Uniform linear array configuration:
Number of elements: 8
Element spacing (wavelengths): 1
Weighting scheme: hann
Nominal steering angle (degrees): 30
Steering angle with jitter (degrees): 28.367
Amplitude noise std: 0.05
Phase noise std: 0.05

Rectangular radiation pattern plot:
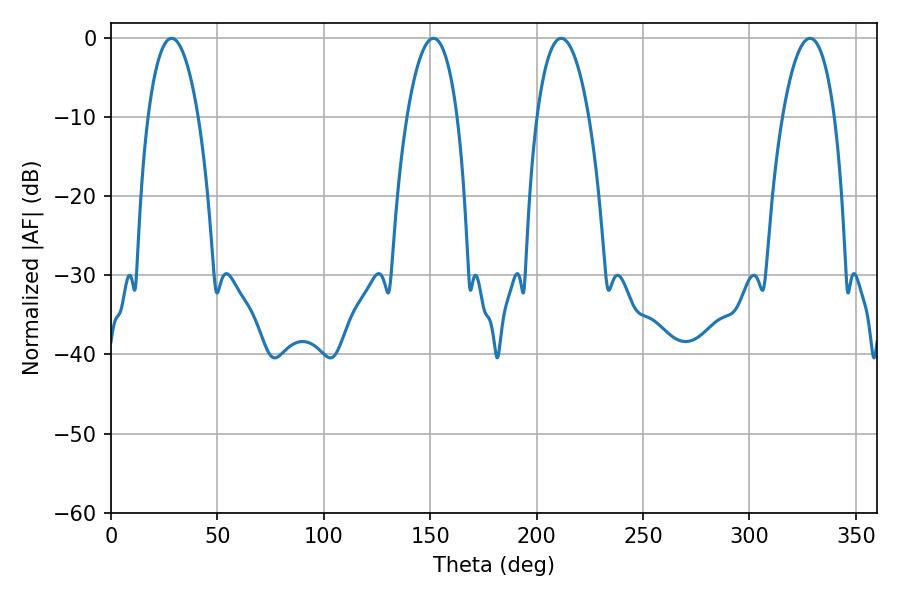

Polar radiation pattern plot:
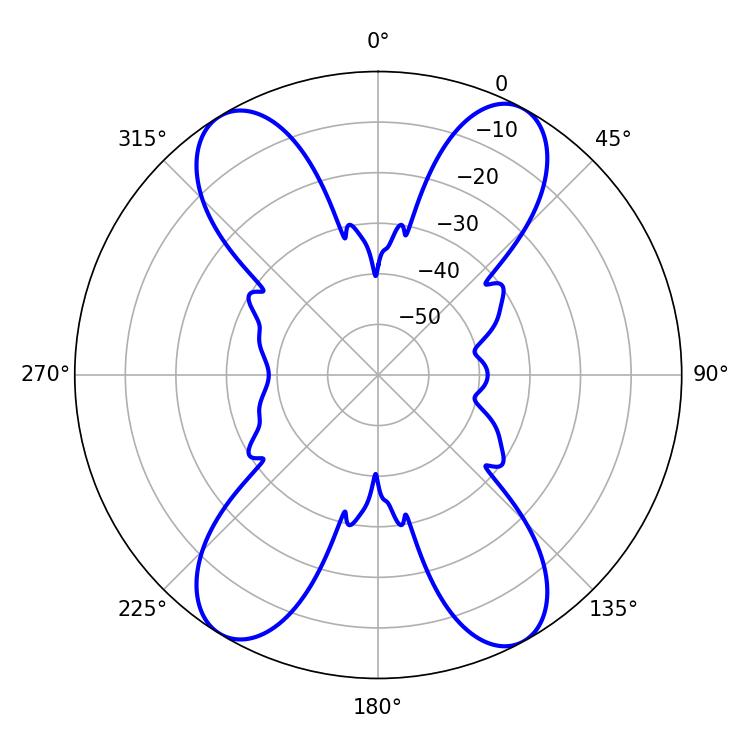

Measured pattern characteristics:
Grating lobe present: TRUE
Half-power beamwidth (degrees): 13.68
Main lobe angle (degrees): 211.5